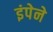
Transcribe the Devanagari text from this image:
इंपेने